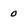
Character: 0